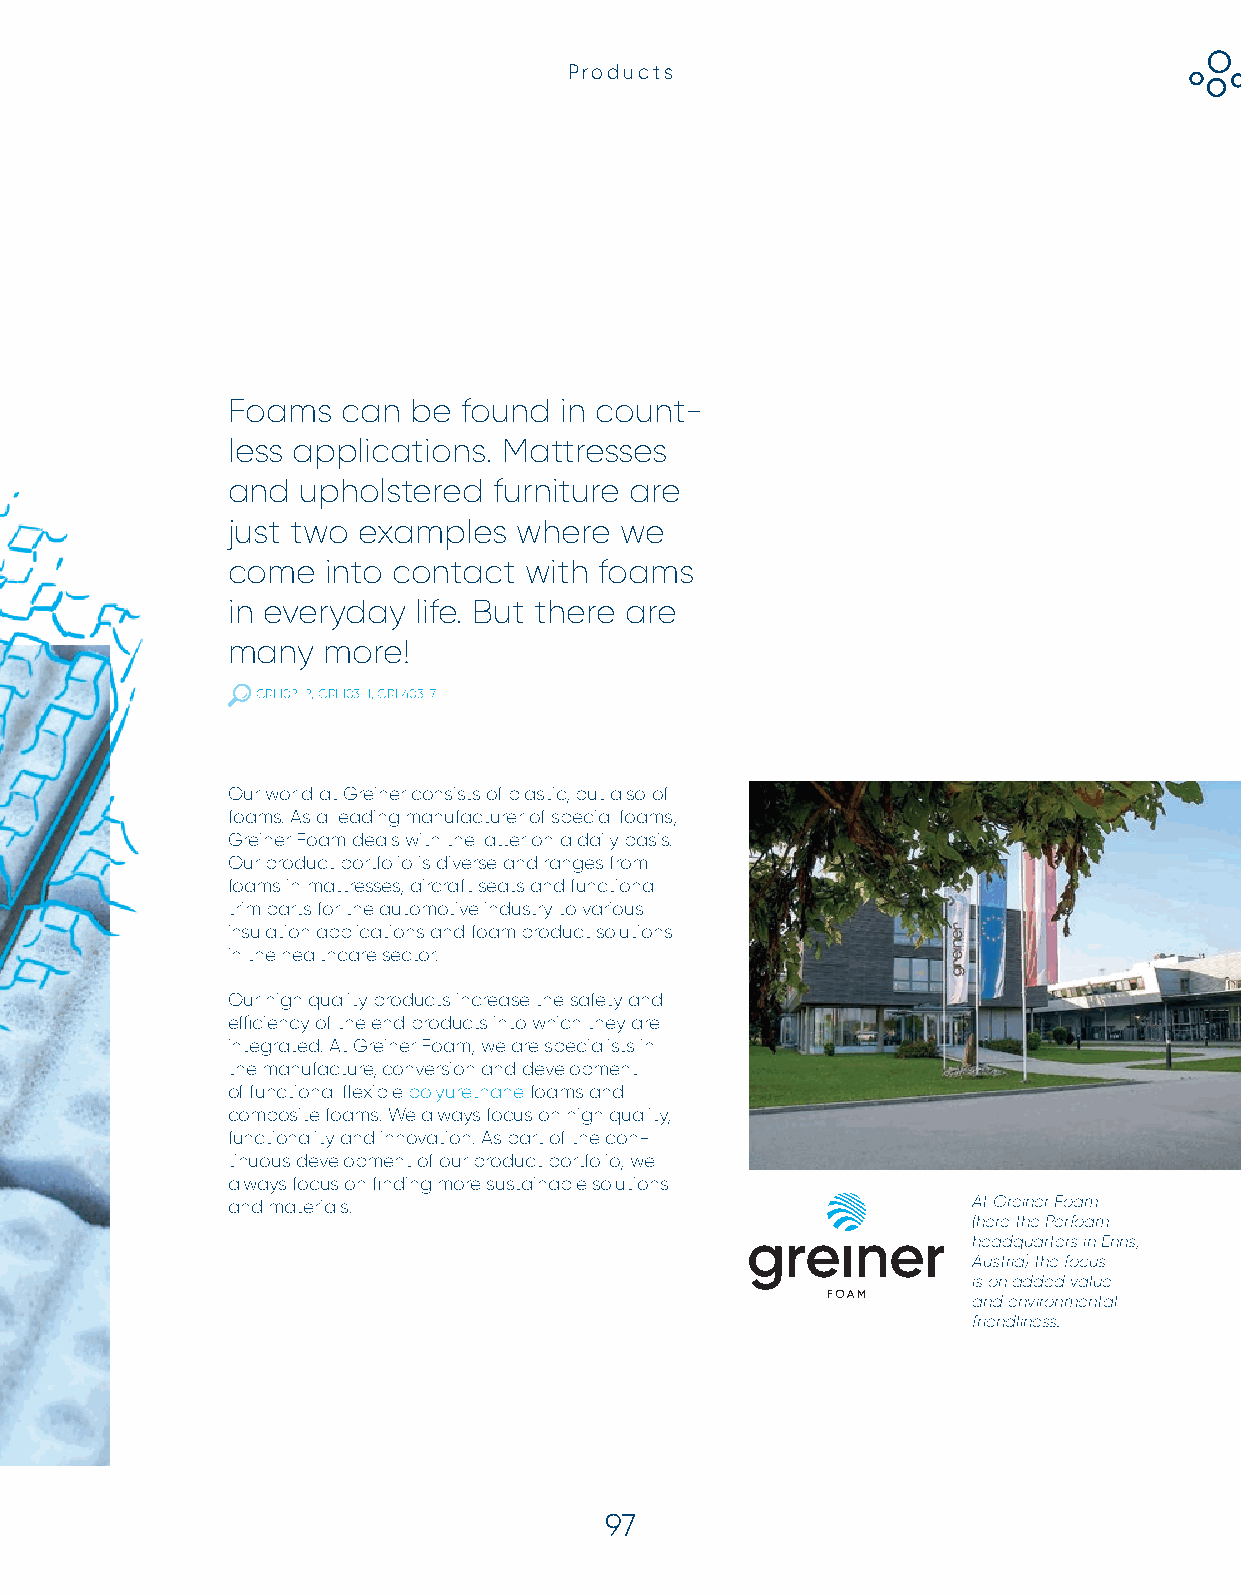
Products
 Foams   can be  found in count-
 less applications. Mattresses
 and  upholstered  furniture are
 just two examples  where  we
 come   into contact with foams
 in everyday  life. But there are
 many  more!
 GRI 102-2, GRI 103-1, GRI 403-7
 Our world at Greiner consists of plastic, but also of
 foams. As a leading manufacturer of special foams,
 Greiner Foam deals with the latter on a daily basis.
 Our product portfolio is diverse and ranges from
 foams in mattresses, aircraft seats and functional
 trim parts for the automotive industry to various
 insulation applications and foam product solutions
 in the healthcare sector.
 Our high quality products increase the safety and
 effi ciency of the end products into which they are
 integrated. At Greiner Foam, we are specialists in
 the manufacture, conversion and development
 of functional fl exible polyurethane foams and
 composite foams. We always focus on high quality,
 functionality and innovation. As part of the con-
 tinuous development of our product portfolio, we
 always focus on fi nding more sustainable solutions
 and materials.                                   At Greiner Foam
 (here the Perfoam
 headquarters in Enns,
 Austria) the focus
 is on added value
 and environmental
 friendliness.
 97